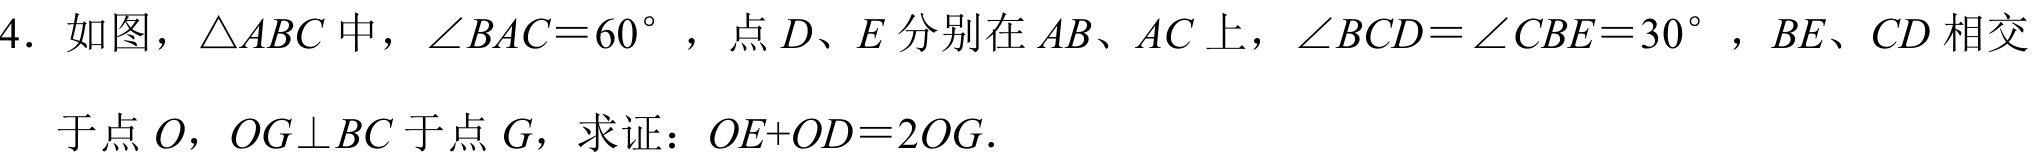
4. 如图，$\triangle ABC$中，$\angle BAC = 60^{\circ}$，点$D、E$分别在$AB、AC$上，$\angle BCD=\angle CBE = 30^{\circ}$，$BE、CD$相交于点$O$，$OG\perp BC$于点$G$，求证：$OE + OD=2OG$．